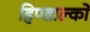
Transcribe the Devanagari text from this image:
हिण्डाल्को